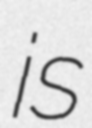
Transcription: is